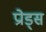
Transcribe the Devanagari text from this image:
प्रोड्स